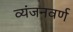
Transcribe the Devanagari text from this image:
व्यंजनवर्ण